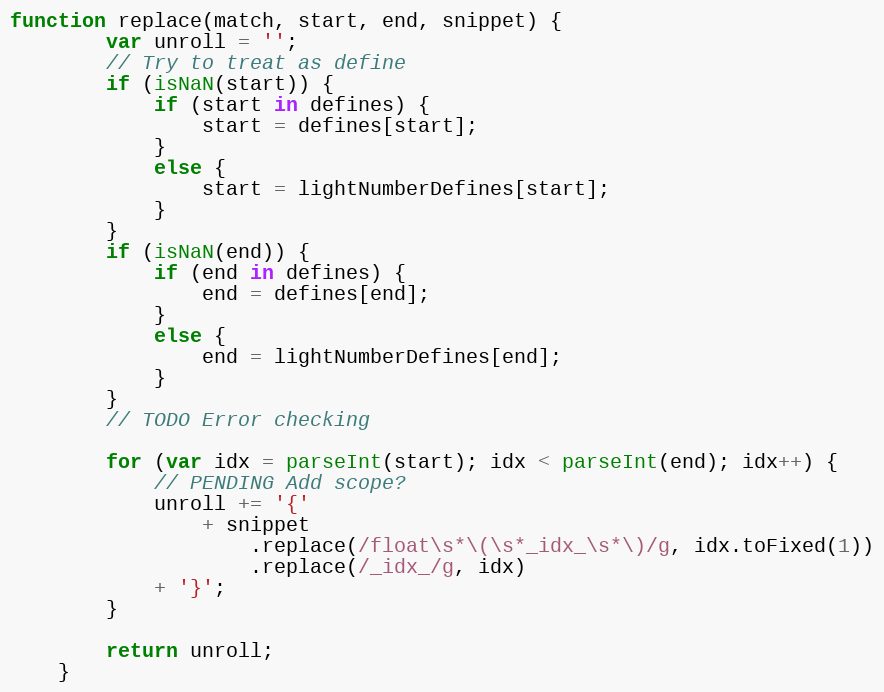
Language: JavaScript
function replace(match, start, end, snippet) {
        var unroll = '';
        // Try to treat as define
        if (isNaN(start)) {
            if (start in defines) {
                start = defines[start];
            }
            else {
                start = lightNumberDefines[start];
            }
        }
        if (isNaN(end)) {
            if (end in defines) {
                end = defines[end];
            }
            else {
                end = lightNumberDefines[end];
            }
        }
        // TODO Error checking

        for (var idx = parseInt(start); idx < parseInt(end); idx++) {
            // PENDING Add scope?
            unroll += '{'
                + snippet
                    .replace(/float\s*\(\s*_idx_\s*\)/g, idx.toFixed(1))
                    .replace(/_idx_/g, idx)
            + '}';
        }

        return unroll;
    }